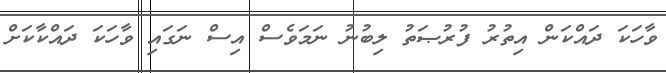
ވާހަކަ ދައްކަން އިތުރު ފުރުޞަތު ލިބުނު ނަމަވެސް އިސް ނަގައި ވާހަކަ ދައްކާކަށް